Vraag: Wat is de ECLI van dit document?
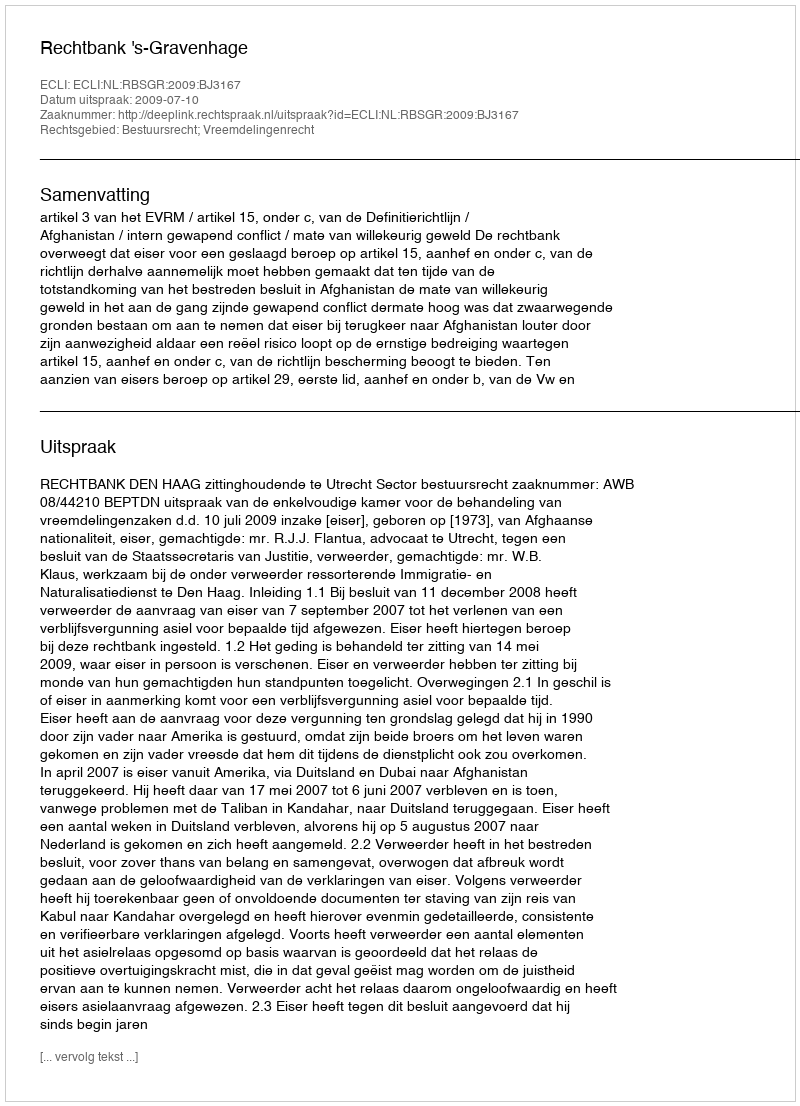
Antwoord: ECLI:NL:RBSGR:2009:BJ3167